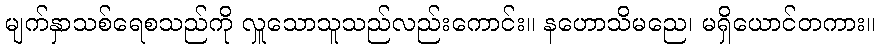
မျက်နှာသစ်ရေစသည်ကို လှူသောသူသည်လည်းကောင်း။ နဟောသိမညေ၊ မရှိယောင်တကား။